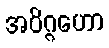
အဝိဂ္ဂဟော